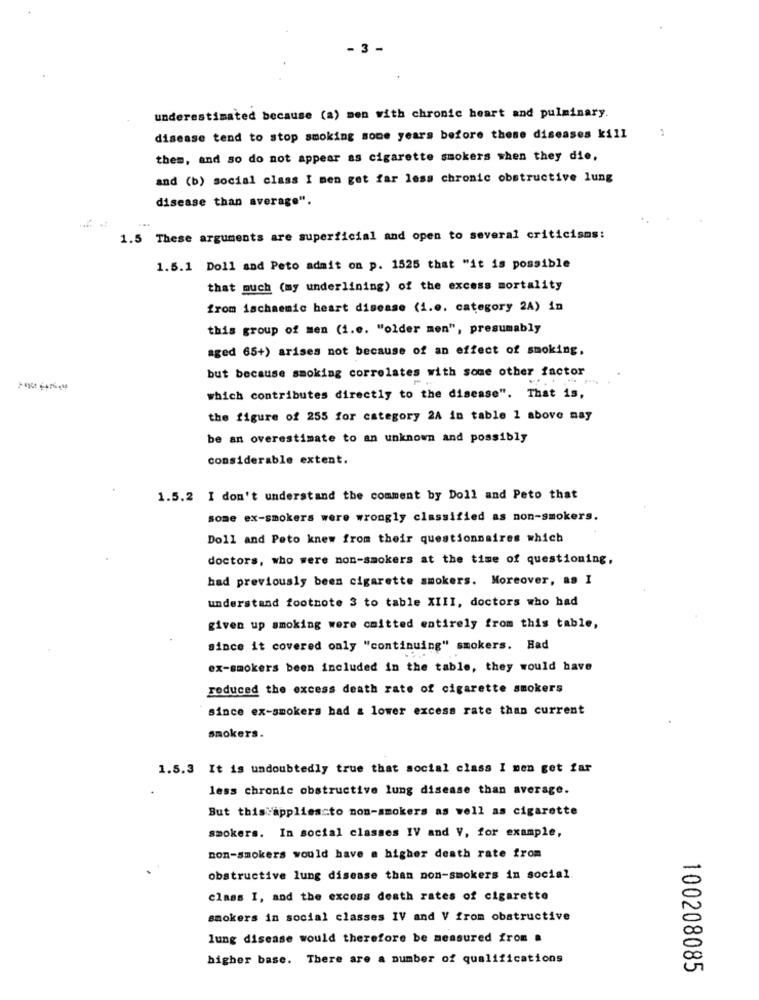
- 3 -
underestimated because (a) men with chronic heart and pulminary.
disease tend to stop smoking some years before these diseases kill
them, and so do not appear as cigarette smokers when they die,
and (b) social class I men get far less chronic obstructive lung
disease than average".
1.5 These arguments are superficial and open to several criticisms:
1.5.1 Doll and Peto admit on p. 1525 that "it is possible
that much (my underlining) of the excess mortality
from ischaemic heart disease (1.0. category 2A) in
this group of men (i.e. "older men", presumably
aged 65+) arises not because of an effect of smoking,
but because smoking correlates with some other factor
which contributes directly to the disease". That is,
the figure of 255 for category 2A in table 1 above may
be an overestimate to an unknown and possibly
considerable extent.
1.5.2 I don't understand the comment by Doll and Peto that
some ex-smokers were wrongly classified as non-smokers.
Doll and Peto knew from their questionnaires which
doctors, who were non-smokers at the time of questioning,
had previously been cigarette smokers. Moreover, as I
understand footnote 3 to table XIII, doctors who had
given up smoking were cmitted entirely from this table,
since it covered only "continuing" smokers. Had
ex-smokers been included in the table, they would have
reduced the excess death rate of cigarette smokers
since ex-smokers had a lower excess rate than current
smokers.
1.5.3 It is undoubtedly true that social class I men get far
less chronic obstructive lung disease than average.
But this appliescto non-smokers as well as cigarette
smokers. In social classes IV and V, for example,
non-smokers would have a higher death rate from
obstructive lung disease than non-smokers in social.
class I, and the excess death rates of cigarette
smokers in social classes IV and V from obstructive
lung disease would therefore be measured from a
higher base. There are a number of qualifications
100208085